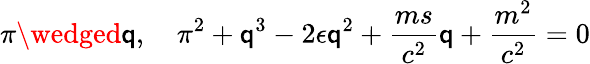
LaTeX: \pi\wedged\mathsf{q},\quad\pi^{2}+\mathsf{q}^{3}-2\epsilon\mathsf{q}^{2}+\frac{{ms}}{{c^{2}}}\mathsf{q}+\frac{{m^{2}}}{{c^{2}}}=0